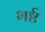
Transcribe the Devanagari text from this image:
भर्ष्ट